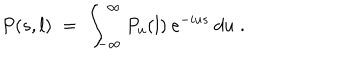
P ( s , l ) \; = \; \int _ { - \infty } ^ { \infty } P _ { u } ( l ) \: e ^ { - i u s } \: d u \; .